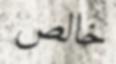
خالص